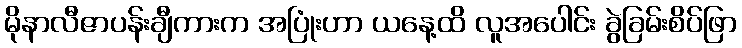
မိုနာလီဇာပန်းချီကားက အပြုံးဟာ ယနေ့ထိ လူအပေါင်း ခွဲခြမ်းစိပ်ဖြာ